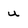
Character: u